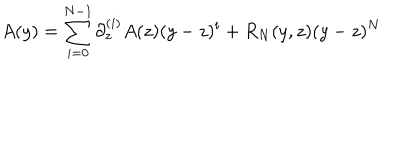
LaTeX: A ( y ) = \sum _ { i = 0 } ^ { N - 1 } \partial _ { z } ^ { ( i ) } A ( z ) ( y - z ) ^ { i } + R _ { N } ( y , z ) ( y - z ) ^ { N }